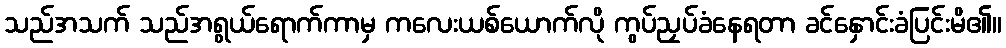
သည်အသက် သည်အရွယ်ရောက်ကာမှ ကလေးယစ်ယောက်လို ကွပ်ညှပ်ခံနေရတာ ခင်နှောင်းခံပြင်းမိ၏။